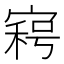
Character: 𡩸